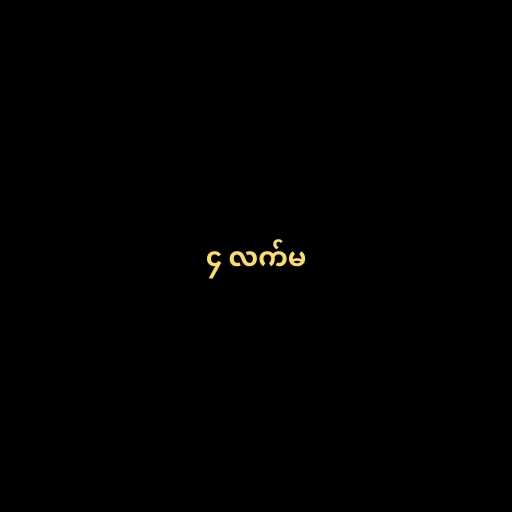
၄ လက်မ